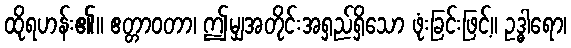
ထိုရဟန်း၏။ ဧတ္တာဝတာ၊ ဤမျှအတိုင်းအရှည်ရှိသော ဖုံးခြင်းဖြင့်။ ဥဒ္ဓါရော၊